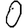
Digit: 0